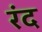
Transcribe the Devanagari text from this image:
रंद